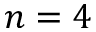
n = 4